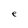
Character: e